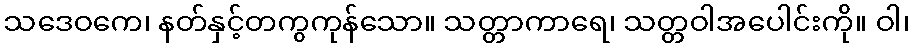
သဒေဝကေ၊ နတ်နှင့်တကွကုန်သော။ သတ္တာကာရေ၊ သတ္တဝါအပေါင်းကို။ ဝါ၊